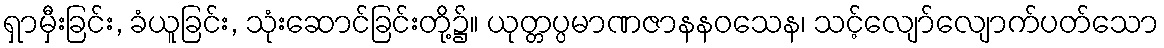
ရှာမှီးခြင်း, ခံယူခြင်း, သုံးဆောင်ခြင်းတို့၌။ ယုတ္တပ္ပမာဏဇာနနဝသေန၊ သင့်လျော်လျောက်ပတ်သော